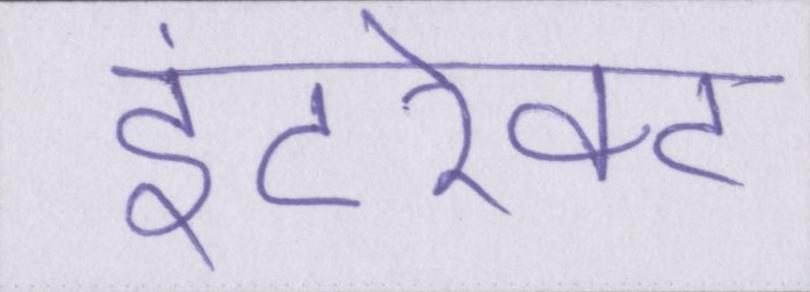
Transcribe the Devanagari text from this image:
इंटरेक्ट